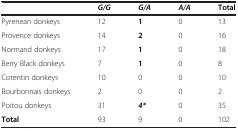
|  | G/G | G/A | A/A | Total |
 | --- | --- | --- | --- | --- |
 | Pyrenean donkeys | 12 | 1 | 0 | 13 |
 | Provence donkeys | 14 | 2 | 0 | 16 |
 | Normand donkeys | 17 | 1 | 0 | 18 |
 | Berry Black donkeys | 7 | 1 | 0 | 8 |
 | Cotentin donkeys | 10 | 0 | 0 | 10 |
 | Bourbonnais donkeys | 2 | 0 | 0 | 2 |
 | Poitou donkeys | 31 | 4* | 0 | 35 |
 | Total | 93 | 9 | 0 | 102 |